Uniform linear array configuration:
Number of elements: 24
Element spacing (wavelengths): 0.75
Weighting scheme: hann
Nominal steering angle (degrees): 30
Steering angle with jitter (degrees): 29.597
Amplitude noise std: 0.05
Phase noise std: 0.05

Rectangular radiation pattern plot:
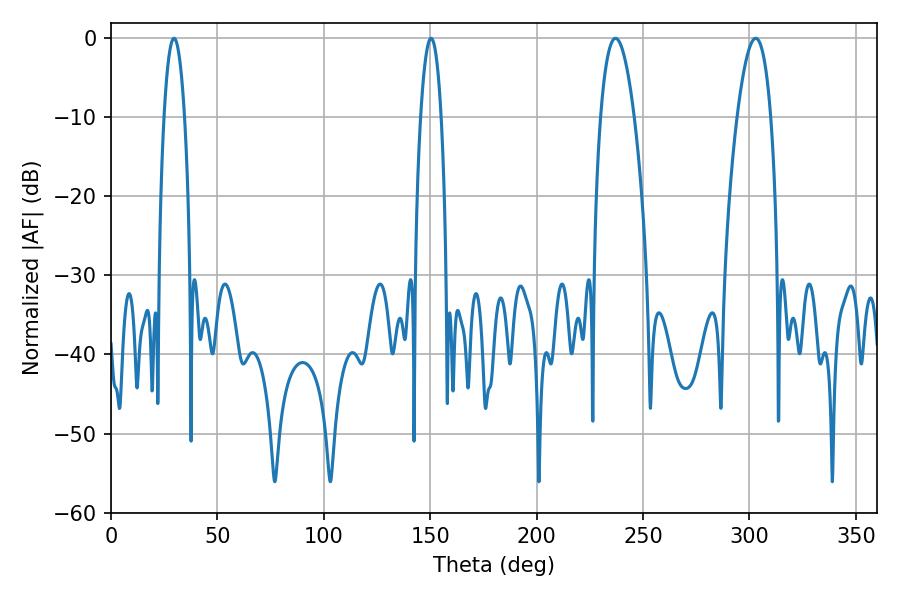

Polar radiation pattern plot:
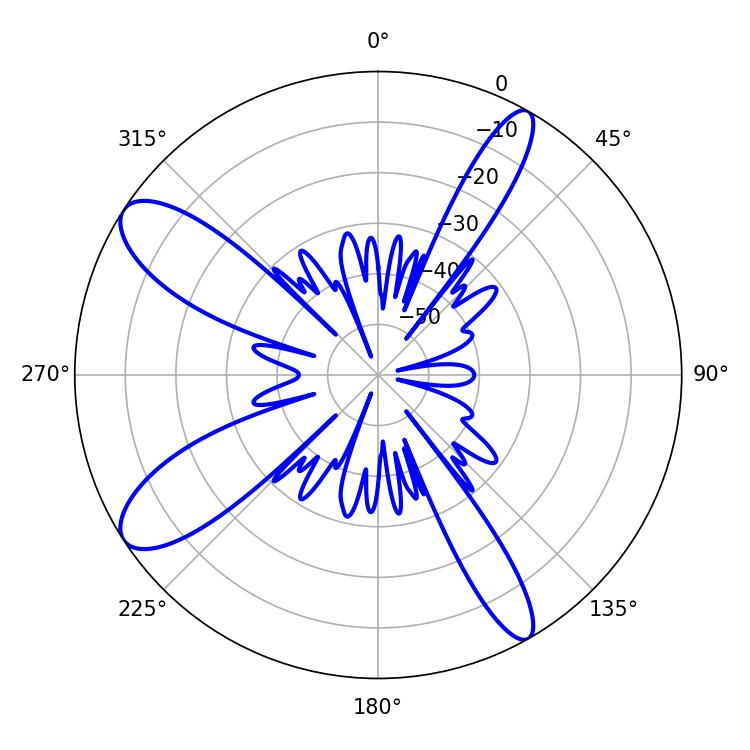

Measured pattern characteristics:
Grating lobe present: TRUE
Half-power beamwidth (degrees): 8.82
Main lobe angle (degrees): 237.06